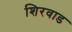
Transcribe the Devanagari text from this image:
शिरवाड